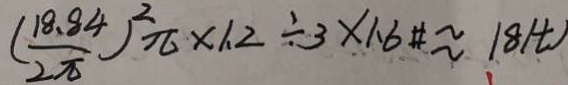
( \frac { 1 8 . 8 4 } { 2 \pi } ) ^ { 2 } \pi \times 1 . 2 \div 3 \times 1 . 6 \approx 1 8 ( t )